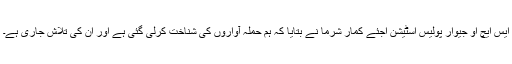
ایس ایچ او جیوار پولیس اسٹیشن اجئے کمار شرما نے بتایا کہ ہم حملہ آواروں کی شناخت کرلی گئی ہے اور ان کی تلاش جاری ہے۔